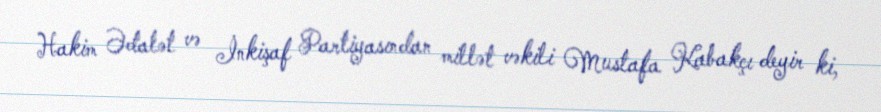
Hakim Ədalət və İnkişaf Partiyasından millət vəkili Mustafa Kabakçı deyir ki,